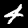
Label: 4